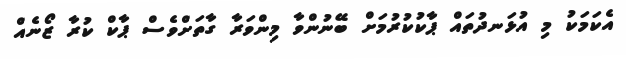
އެކަމަކު މި އުޅަނދުތައް ޕާކުކުރުމަށް ބޭނުންވާ މިންވަރާ ގާތަށްވެސް ޕާކް ކުރާ ޒޯނެއް